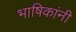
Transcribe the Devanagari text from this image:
भाषिकांनी